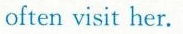
often visit her.